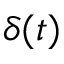
\delta ( t )